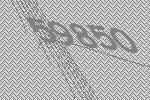
59850